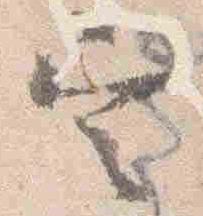
定